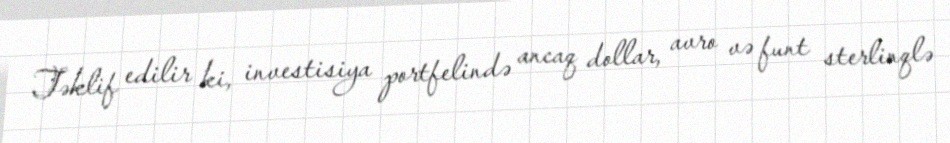
Təklif edilir ki, investisiya portfelində ancaq dollar, avro və funt sterlinqlə